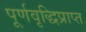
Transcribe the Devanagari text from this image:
पूर्णवृद्धिप्राप्त